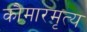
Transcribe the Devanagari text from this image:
कौमारमृत्य